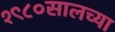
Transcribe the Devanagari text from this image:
१९८०सालच्या